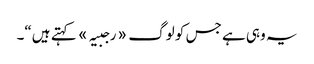
یہ وہی ہے جس کو لوگ «رجبیہ» کہتے ہیں“۔